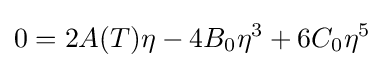
0=2A(T)\eta -4B_{0}\eta ^{3}+6C_{0}\eta ^{5}